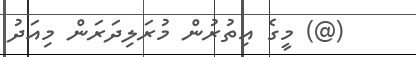
(@) މީގެ އިތުރުން މުރަލިދަރަން މިއަދު